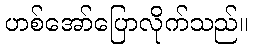
ဟစ်အော်ပြောလိုက်သည်။